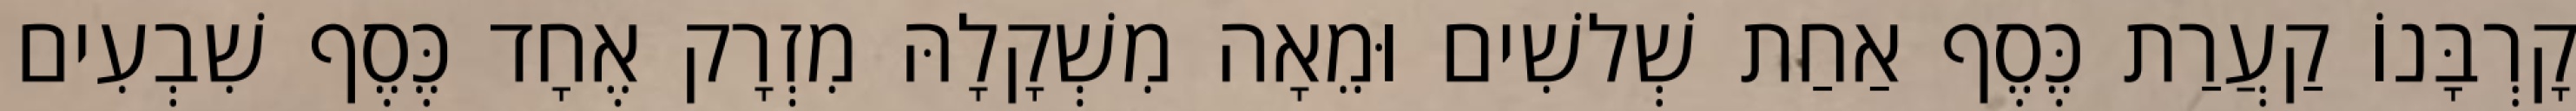
קָרְבָּנוֹ קַעֲרַת כֶּסֶף אַחַת שְׁלשִׁים וּמֵאָה מִשְׁקָלָהּ מִזְרָק אֶחָד כֶּסֶף שִׁבְעִים